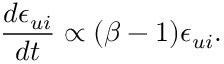
\frac { d \epsilon _ { u i } } { d t } \propto ( \beta - 1 ) \epsilon _ { u i } .